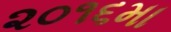
૨૦૧૬મા